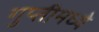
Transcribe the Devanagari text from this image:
गुप्तीमध्ये